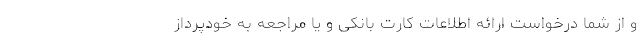
و از شما درخواست ارائه اطلاعات کارت بانکی و یا مراجعه به خودپرداز